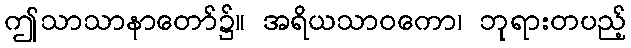
ဤသာသာနာတော်၌။ အရိယသာဝကော၊ ဘုရားတပည့်